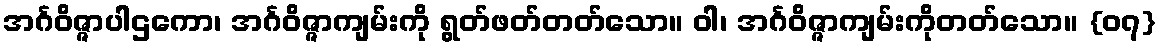
အင်္ဂဝိဇ္ဇာပါဌကော၊ အင်္ဂဝိဇ္ဇာကျမ်းကို ရွတ်ဖတ်တတ်သော။ ဝါ၊ အင်္ဂဝိဇ္ဇာကျမ်းကိုတတ်သော။ {၀၇}